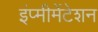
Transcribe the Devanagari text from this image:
इंप्मीमेंटेशन